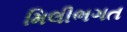
મિલીભગત